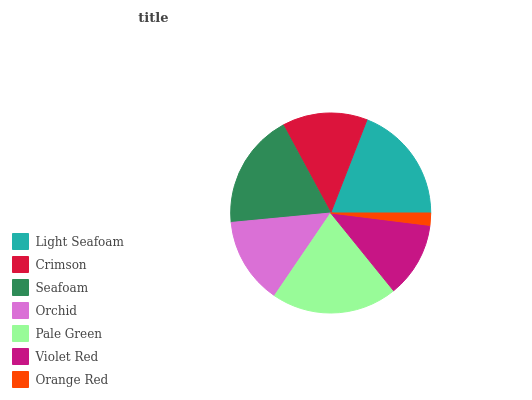
| Light Seafoam | Crimson | Seafoam | Orchid | Pale Green | Violet Red | Orange Red |
 | --- | --- | --- | --- | --- | --- | --- |
 | 19.1% | 13.8% | 18.6% | 14% | 20.4% | 12.2% | 1.97% |